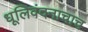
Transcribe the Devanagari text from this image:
धूलिवंदनाचाच